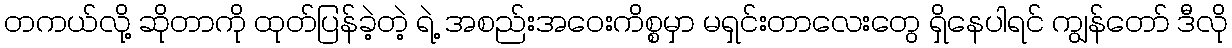
တကယ်လို့ ဆိုတာကို ထုတ်ပြန်ခဲ့တဲ့ ရဲ့ အစည်းအဝေးကိစ္စမှာ မရှင်းတာလေးတွေ ရှိနေပါရင် ကျွန်တော် ဒီလို